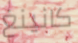
كانينغ